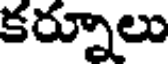
కర్నూలు